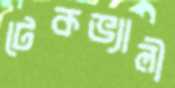
টেকভ্যালী